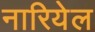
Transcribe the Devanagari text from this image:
नारियेल